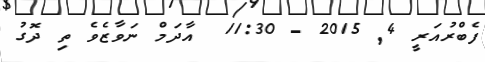
ފެބްރުއަރީ 4